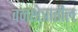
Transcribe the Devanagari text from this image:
वनक्षेत्रातील